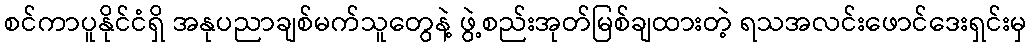
စင်ကာပူနိုင်ငံရှိ အနုပညာချစ်မက်သူတွေနဲ့ ဖွဲ့စည်းအုတ်မြစ်ချထားတဲ့ ရသအလင်းဖောင်ဒေးရှင်းမှ